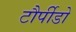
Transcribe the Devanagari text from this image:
टौर्पीडो